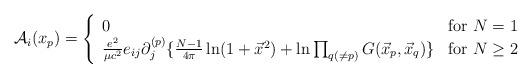
LaTeX: \begin{align*}{\cal A}_i(x_p) =\left\{\begin{array}{ll}0 & \mbox{for $N=1$}\\{e^2\over \mu c^2} e_{ij} \partial_j^{(p)}\{{N-1 \over 4\pi} \ln (1 + \vec x^2)+ \ln \prod_{q(\ne p)}G(\vec x_p, \vec x_q)\}&\mbox{for $N \ge 2$ }\end{array}\right.\end{align*}